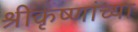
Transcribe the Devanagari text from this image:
श्रीकृष्णांच्या